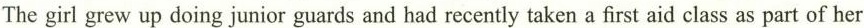
The girl grew up doing junior guards and had recently taken a first aid class as part of her